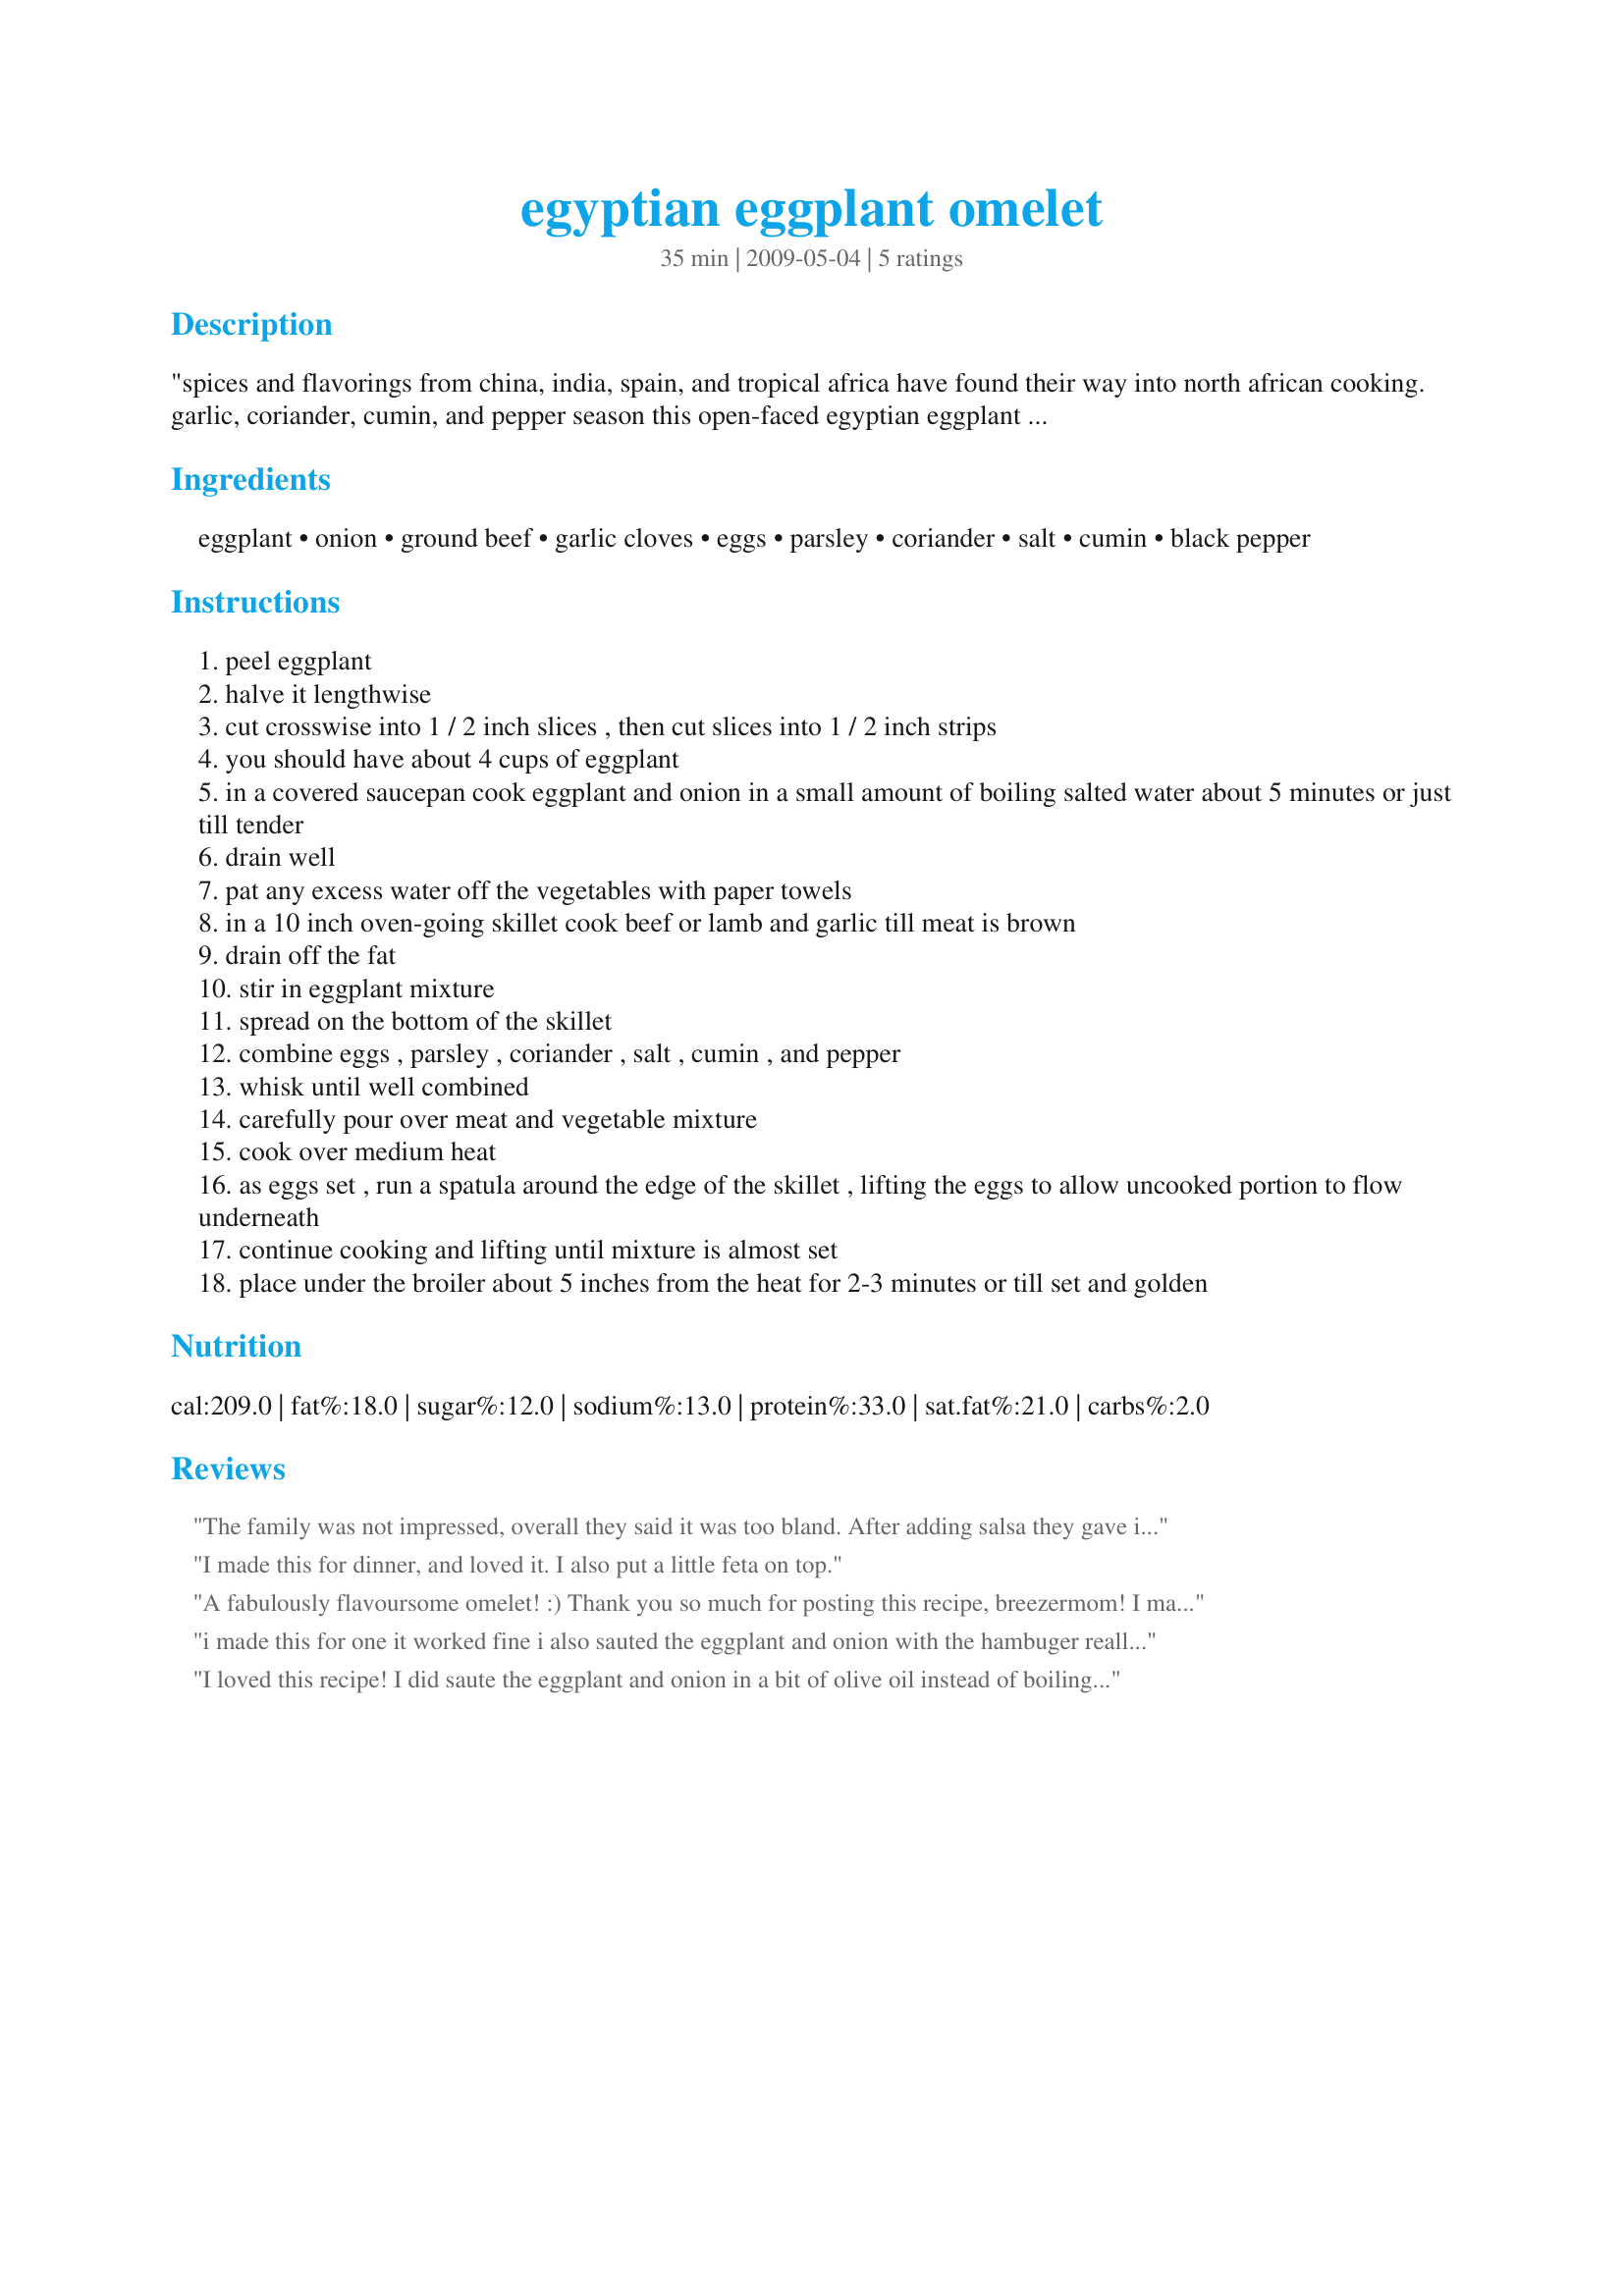
egyptian eggplant omelet
Preparation time: 35 minutes

"spices and flavorings from china, india, spain, and tropical africa have found their way into north african cooking. garlic, coriander, cumin, and pepper season this open-faced egyptian eggplant omelet. typical egyptian omelets are packed with vegetables and meat, making them thick, firm and perfect for lunch or supper." from classic international recipes. planning for lots of eggplant from my garden this year!

Ingredients:
eggplant, onion, ground beef, garlic cloves, eggs, parsley, coriander, salt, cumin, black pepper

Steps:
peel eggplant
halve it lengthwise
cut crosswise into 1 / 2 inch slices , then cut slices into 1 / 2 inch strips
you should have about 4 cups of eggplant
in a covered saucepan cook eggplant and onion in a small amount of boiling salted water about 5 minutes or just till tender
drain well
pat any excess water off the vegetables with paper towels
in a 10 inch oven-going skillet cook beef or lamb and garlic till meat is brown
drain off the fat
stir in eggplant mixture
spread on the bottom of the skillet
combine eggs , parsley , coriander , salt , cumin , and pepper
whisk until well combined
carefully pour over meat and vegetable mixture
cook over medium heat
as eggs set , run a spatula around the edge of the skillet , lifting the eggs to allow uncooked portion to flow underneath
continue cooking and lifting until mixture is almost set
place under the broiler about 5 inches from the heat for 2-3 minutes or till set and golden

Reviews:
The family was not impressed, overall they said it was too bland. After adding salsa they gave it a much better rating.
I made this for dinner, and loved it. I also put a little feta on top.
A fabulously flavoursome omelet! :) Thank you so much for posting this recipe, breezermom! I make omelets a lot, especially at weekends, but this one was certainly very different from any I've made before. Three of us SO enjoyed this for lunch today that - by popular demand - I'll certainly be making this again! Yeah: serves 6; knocked off, without difficulty, by three of us! I used lamb and we all just loved the cumin with the lamb! Except for adding some sliced mushrooms (in step 3) and some toasted pine nuts right at the end of the cooking time, I made this exactly to the recipe. I feel honoured to be the first to review this! Made for Newest Zaar Tag.
i made this for one it worked fine i also sauted the eggplant and onion with the hambuger really good and flavorful garnish with chopped tomatoes zaar tour 6 if you are a a carnivorve you will LOVE this omlet
I loved this recipe! I did saute the eggplant and onion in a bit of olive oil instead of boiling. And I sprinkled a little goat cheese and feta on top, before placing under the broiler.
